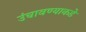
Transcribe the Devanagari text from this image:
उंचावण्याकडे